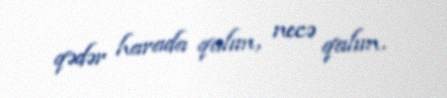
qədər harada qalım, necə qalım.